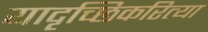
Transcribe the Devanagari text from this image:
यादृच्छिकरित्या